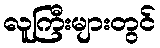
လူကြီးများတွင်